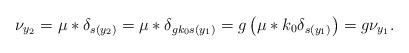
LaTeX: \begin{align*} \nu_{y_2} = \mu * \delta_{s(y_2)} = \mu * \delta_{gk_0 s(y_1)} = g \left(\mu * k_0 \delta_{ s(y_1)}\right) = g \nu_{y_1}.\end{align*}